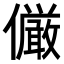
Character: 𠑊